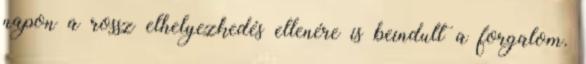
napon a rossz elhelyezkedés ellenére is beindult a forgalom.